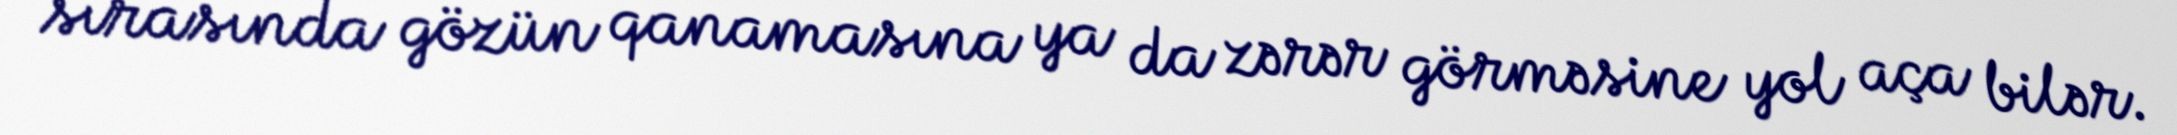
sırasında gözün qanamasına ya da zərər görməsine yol aça bilər.